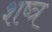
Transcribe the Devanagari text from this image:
शष्त्र